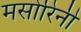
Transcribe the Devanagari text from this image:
मसोरिनी